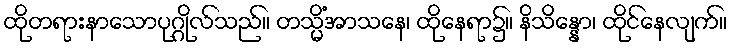
ထိုတရားနာသောပုဂ္ဂိုလ်သည်။ တသ္မိံအာသနေ၊ ထိုနေရာ၌။ နိသိန္နော၊ ထိုင်နေလျက်။